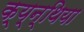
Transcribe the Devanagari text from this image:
क्य्न्थिया